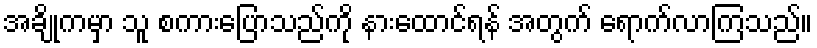
အချိုကမှာ သူ စကားပြောသည်ကို နားထောင်ရန် အတွက် ရောက်လာကြသည်။